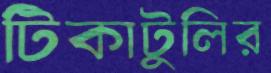
টিকাটুলির